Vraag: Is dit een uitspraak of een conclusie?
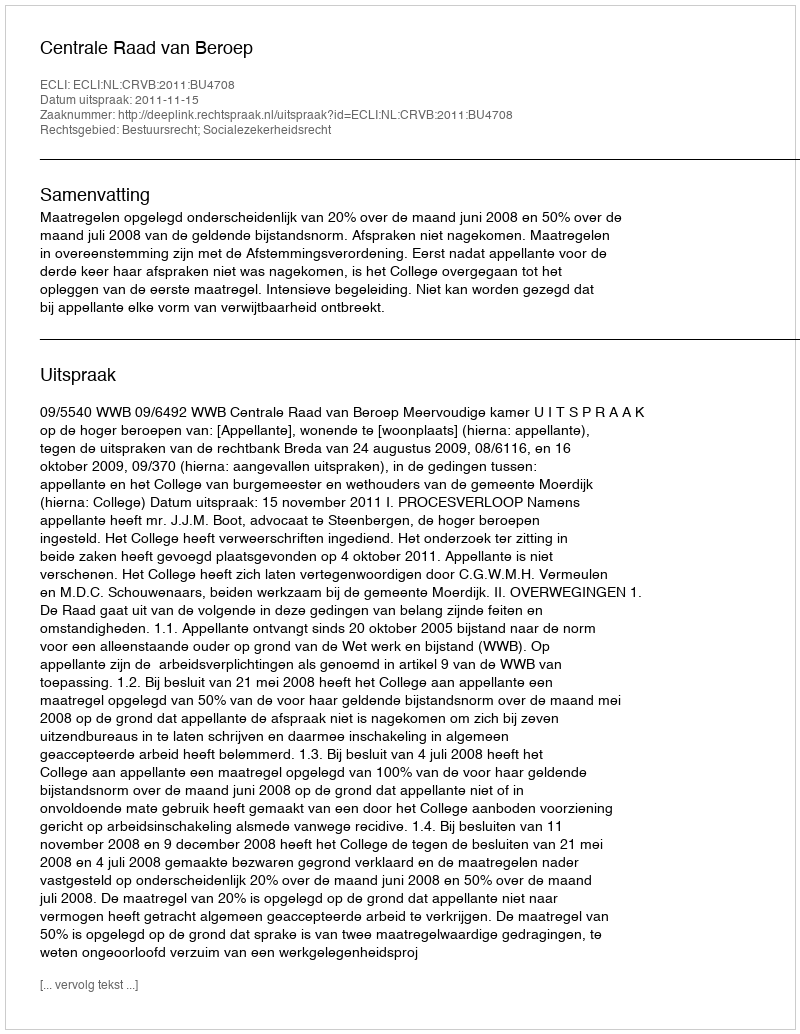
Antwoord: Uitspraak